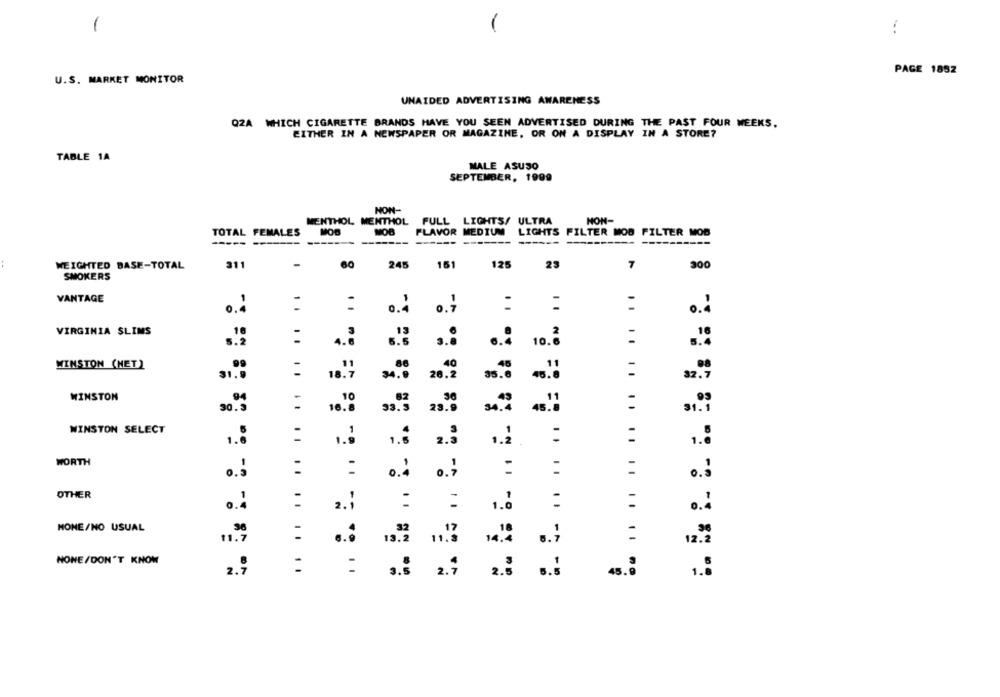
-
PAGE 1852
U.S. MARKET MONITOR
UNAIDED ADVERTISING AWARENESS
QZA WHICH CIGARETTE BRANDS HAVE YOU SEEN ADVERTISED DURING THE PAST FOUR WEEKS,
EITHER IN A NEWSPAPER OR MAGAZINE, OR ON A DISPLAY IN A STORE?
TABLE 1A
MALE ASUSO
SEPTEMBER, 1999
NON-
MENTHOL MENTHOL FULL LIGHTS/ ULTRA
NON-
TOTAL FEMALES
MOB
MOB
FLAVOR MEDIUM
LIGHTS FILTER MOB FILTER MOD
----------
WEIGHTED BASE-TOTAL
311
-
BO
245
161
125
23
7
300
SMOKERS
VANTAGE
o .,
:
=
0.4
1 .
0.4
.. 4
VIRGINIA SLIMS
16
.18
5.2
4.ª
.. 2
10.
99
WINSTON (NET)
:
31.
18.7
20.2
32.7
WINSTON
.94
30.3
:
33.
....
16.8
WINSTON SELECT
:
1.8
1.
2.5
1.2
1.
WORTH
:
:
:
:
=
..;
OTHER
:
1.2
2.
..
NONE/NO USUAL
1.7
13.
=
12.2
NONE/DON'T KNOW
2.7
2.
1.
.. .. .. .. .. ..
3.5
5.5
45.0